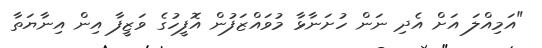
"އަމިއްލަ އަށް އެދި ނަން ހުށަނާޅާ މުވައްޒަފުން އޮފީހުގެ ވަޒީފާ އިން އިނާޔަތާ